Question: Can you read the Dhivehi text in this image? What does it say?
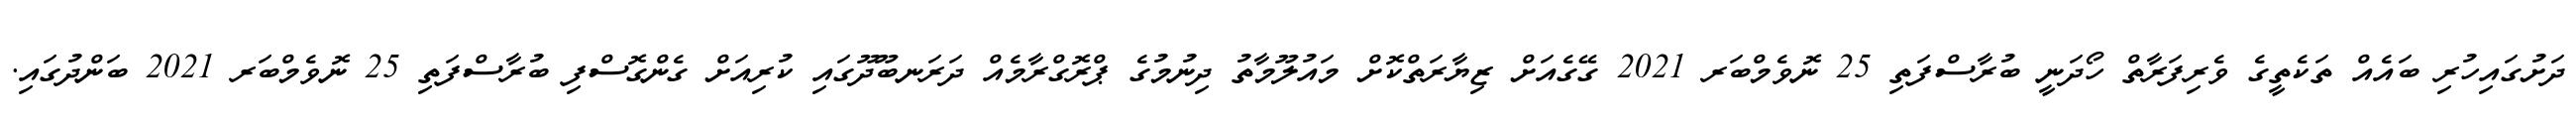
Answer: ދަށުގައިހުރި ބައެއް ތަކެތީގެ ވެރިފަރާތް ހޯދަނީ ބުރާސްފަތި 25 ނޮވެމްބަރ 2021 ގޭގެއަށް ޒިޔާރަތްކޮށް މައުލޫމާތު ދިނުމުގެ ޕްރޮގްރާމެއް ދަރަނބޫދޫގައި ކުރިއަށް ގެންގޮސްފި ބުރާސްފަތި 25 ނޮވެމްބަރ 2021 ބަންދުގައި.